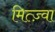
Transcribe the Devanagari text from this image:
मित्ज़्वा